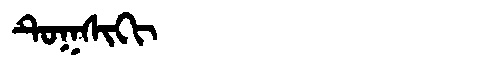
Manchu: ᡨᡠᡴᠰᡳᡴᡳ
Romanization: TUKSIKI